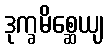
ဒုက္ခမိစ္ဆေယျ